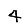
Digit: 4